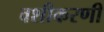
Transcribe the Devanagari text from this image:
वशीकरणी